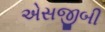
એસજીબી